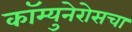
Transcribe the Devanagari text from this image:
कॉम्युनेरोसचा